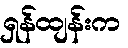
ရှန်ထျန်းက